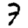
Digit: 7